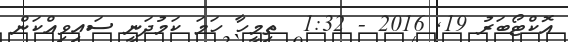
އޮކްޓޯބަރު 19